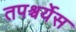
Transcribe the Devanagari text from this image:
तपश्चर्येस